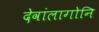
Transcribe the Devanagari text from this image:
देवांलागोनि